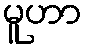
မူဟာ